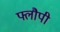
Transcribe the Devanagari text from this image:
फ्लौपी